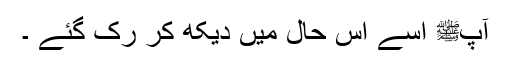
آپﷺ اسے اس حال میں دیکھ کر رک گئے ۔